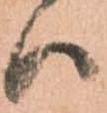
ハ